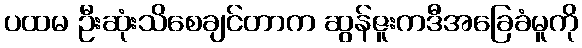
ပထမ ဦးဆုံးသိစေချင်တာက ဆွန်ဇူးကဒီအခြေခံမူကို